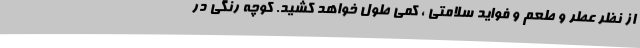
از نظر عطر و طعم و فواید سلامتی ، کمی طول خواهد کشید. کوچه رنگی در